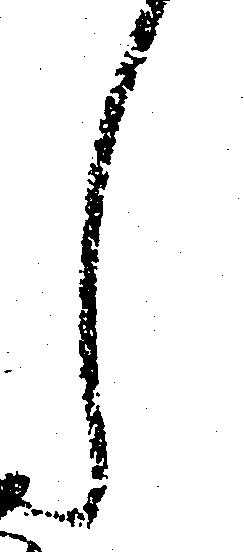
し